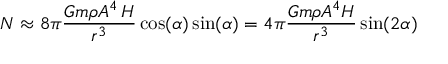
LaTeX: N \approx 8 \pi { \frac { G m \rho A ^ { 4 } \, H } { r ^ { 3 } } } \cos ( \alpha ) \sin ( \alpha ) = 4 \pi { \frac { G m \rho A ^ { 4 } H } { r ^ { 3 } } } \sin ( 2 \alpha )